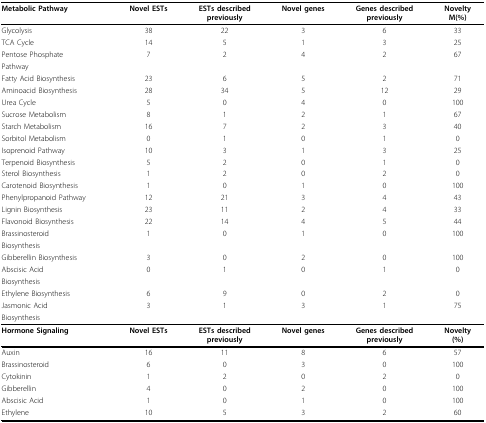
| Metabolic Pathway | Novel ESTs | ESTs describedpreviously | Novel genes | Genes describedpreviously | NoveltyM(%) |
 | --- | --- | --- | --- | --- | --- |
 | Glycolysis | 38 | 22 | 3 | 6 | 33 |
 | TCA Cycle | 14 | 5 | 1 | 3 | 25 |
 | Pentose Phosphate | 7 | 2 | 4 | 2 | 67 |
 | Pathway |  |  |  |  |  |
 | Fatty Acid Biosynthesis | 23 | 6 | 5 | 2 | 71 |
 | Aminoacid Biosynthesis | 28 | 34 | 5 | 12 | 29 |
 | Urea Cycle | 5 | 0 | 4 | 0 | 100 |
 | Sucrose Metabolism | 8 | 1 | 2 | 1 | 67 |
 | Starch Metabolism | 16 | 7 | 2 | 3 | 40 |
 | Sorbitol Metabolism | 0 | 1 | 0 | 1 | 0 |
 | Isoprenoid Pathway | 10 | 3 | 1 | 3 | 25 |
 | Terpenoid Biosynthesis | 5 | 2 | 0 | 1 | 0 |
 | Sterol Biosynthesis | 1 | 2 | 0 | 2 | 0 |
 | Carotenoid Biosynthesis | 1 | 0 | 1 | 0 | 100 |
 | Phenylpropanoid Pathway | 12 | 21 | 3 | 4 | 43 |
 | Lignin Biosynthesis | 23 | 11 | 2 | 4 | 33 |
 | Flavonoid Biosynthesis | 22 | 14 | 4 | 5 | 44 |
 | Brassinosteroid | 1 | 0 | 1 | 0 | 100 |
 | Biosynthesis |  |  |  |  |  |
 | Gibberellin Biosynthesis | 3 | 0 | 2 | 0 | 100 |
 | Abscisic Acid | 0 | 1 | 0 | 1 | 0 |
 | Biosynthesis |  |  |  |  |  |
 | Ethylene Biosynthesis | 6 | 9 | 0 | 2 | 0 |
 | Jasmonic Acid | 3 | 1 | 3 | 1 | 75 |
 | Biosynthesis |  |  |  |  |  |
 | Hormone Signaling | Novel ESTs | ESTs describedpreviously | Novel genes | Genes describedpreviously | Novelty(%) |
 | Auxin | 16 | 11 | 8 | 6 | 57 |
 | Brassinosteroid | 6 | 0 | 3 | 0 | 100 |
 | Cytokinin | 1 | 2 | 0 | 2 | 0 |
 | Gibberellin | 4 | 0 | 2 | 0 | 100 |
 | Abscisic Acid | 1 | 0 | 1 | 0 | 100 |
 | Ethylene | 10 | 5 | 3 | 2 | 60 |